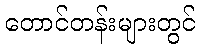
တောင်တန်းများတွင်